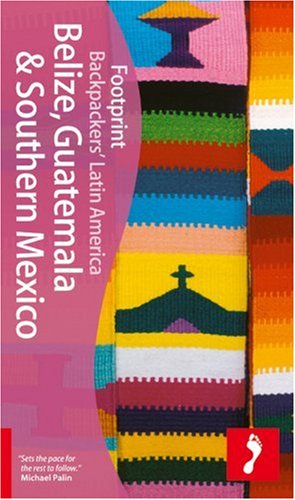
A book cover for Belize, Guatemala & Southern Mexico (Footprint - Travel Guides); Claire Boobbyer; Travel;